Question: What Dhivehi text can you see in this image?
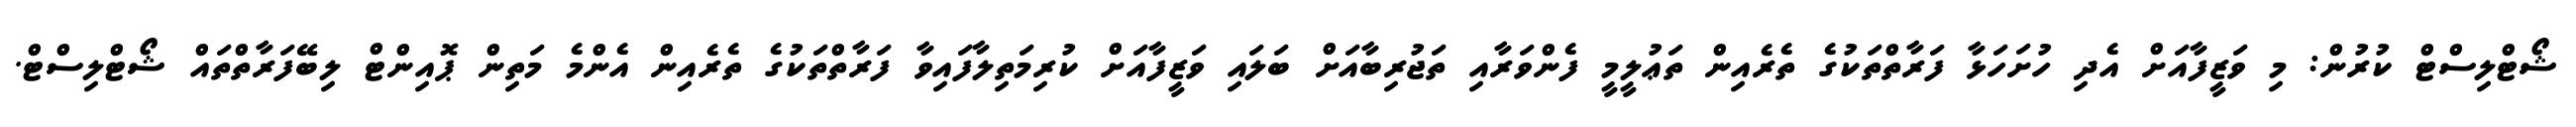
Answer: ޝޯޓްލިސްޓް ކުރުން: މި ވަޒީފާއަށް އެދި ހުށަހަޅާ ފަރާތްތަކުގެ ތެރެއިން ތަޢުލީމީ ފެންވަރާއި ތަޖުރިބާއަށް ބަލައި ވަޒީފާއަށް ކުރިމަތިލާފައިވާ ފަރާތްތަކުގެ ތެރެއިން އެންމެ މަތިން ޕޮއިންޓް ލިބޭފަރާތްތައް ޝޯޓްލިސްޓް.